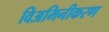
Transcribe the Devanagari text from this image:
विअमिनीकरण